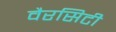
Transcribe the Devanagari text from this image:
वैरसिटी